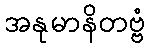
အနုမာနိတဗ္ဗံ